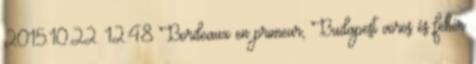
2015.10.22. 12:48 Bordeaux en primeur, Budapest vörös és fehér